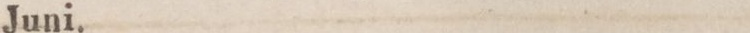
Juni.